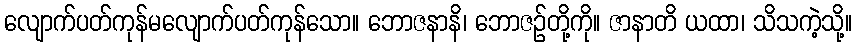
လျောက်ပတ်ကုန်မလျောက်ပတ်ကုန်သော။ ဘောဇနာနိ၊ ဘောဇဉ်တို့ကို။ ဇာနာတိ ယထာ၊ သိသကဲ့သို့။